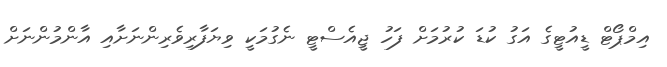
އިމްޕޯޓް ޑީއުޓީގެ އަގު ކުޑަ ކުރުމަށް ފަހު ޖީއެސްޓީ ނެގުމަކީ ވިޔަފާރިވެރިންނަށާއި އާންމުންނަށް